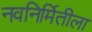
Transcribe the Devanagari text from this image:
नवनिर्मितीला